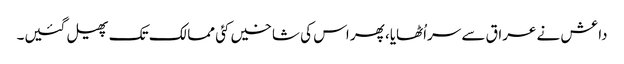
داعش نے عراق سے سراُٹھایا، پھر اس کی شاخیں کئی ممالک تک پھیل گئیں۔